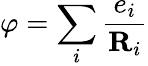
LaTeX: \varphi=\sum_{i}\frac{e_{i}}{\textbf{R}_{i}}